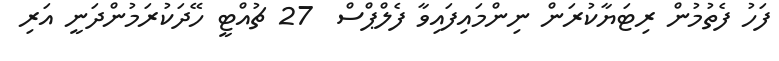
ފަހު ފެތުމުން ރިޓަޔާކުރަން ނިންމައިފައިވާ ފެލްޕްސް  27 ޗުއްޓީ ހޭދަކުރަމުންދަނީ އަރި